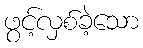
ဖွင့်လှစ်ခဲ့သော